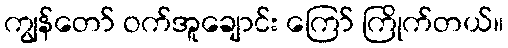
ကျွန်တော် ဝက်အူချောင်း ကြော် ကြိုက်တယ်။